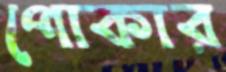
পোকার